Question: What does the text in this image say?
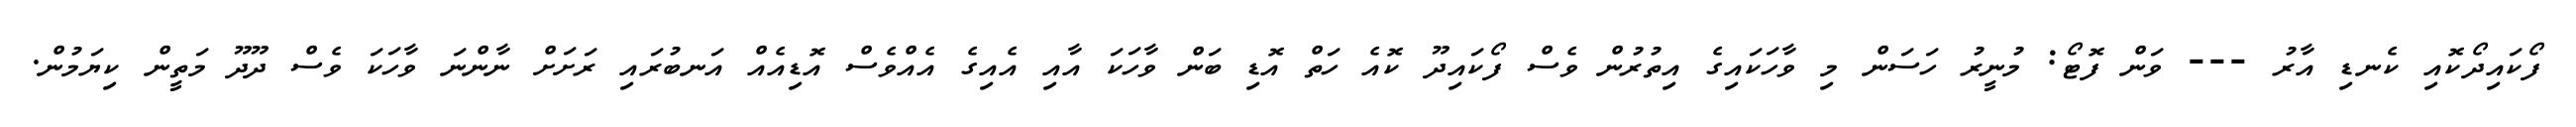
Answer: ފޯކައިދޯކޮއި ކެނޑި އާރު --- ވަން ފޮޓޯ: މުނީރު ހަސަން މި ވާހަކައިގެ އިތުރުން ވެސް ފޯކައިދޫ ކޮއެ ހަތް އޮޑި ބަން ވާހަކަ އާއި އެއިގެ އެއްވެސް އޮޑިއެއް އަނބުރައި ރަށަށް ނާންނަ ވާހަކަ ވެސް ދޫދޫ މަތީން ކިޔަމުން.